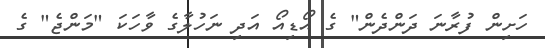
ހަށިން ފުރާނަ ދަންދެން" ގެ އޯޑިއޯ އަދި ނަހުލާގެ ވާހަކަ "މަންޖެ" ގެ